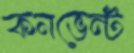
কনভেন্ট